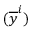
( { \overline { { y } } } ^ { i } )